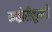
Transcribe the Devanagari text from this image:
माझेरीतूनही